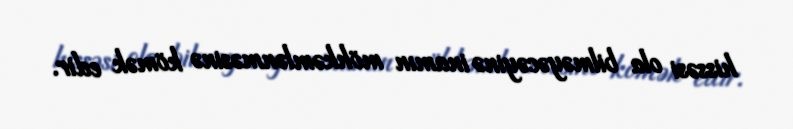
hissəsi ola bilməyəcəyinə inamın möhkəmlənməsinə kömək edir.